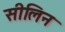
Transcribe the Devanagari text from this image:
सीलिन